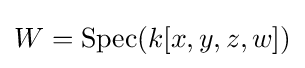
W=\operatorname {Spec} (k[x,y,z,w])